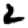
Digit: 2